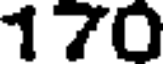
170